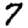
Digit: 7